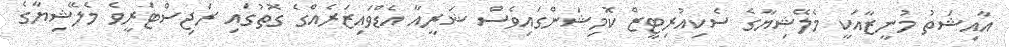
އާއިޝަތު މުނީޒާއަކީ މެލޭޝިޔާގެ ސެކިއުރިޓީޒް ކޮމިޝަންގައިވެސް ޝަރީއާ އެޑްވައިޒަރެއްގެ ގޮތުގައި ރަޖިސްޓަރީވެ މެލޭޝިޔާގެ